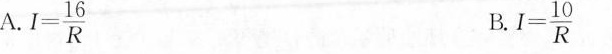
A. $$I= \frac{16}{R}$$ B. $$I= \frac{10}{R}$$